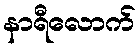
နာရီလောက်